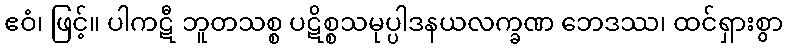
ဧဝံ၊ ဖြင့်။ ပါကဋီ ဘူတသစ္စ ပဋိစ္စသမုပ္ပါဒနယလက္ခဏ ဘေဒဿ၊ ထင်ရှားစွာ